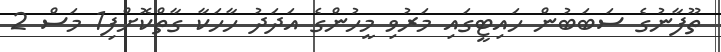
ތޫފާނުގެ ސަބަބުން ހައިޓީގައި މަރުވި މީހުންގެ އަދަދު ހާހަކާ ގާތްކޮށްފި1 މަސް 2